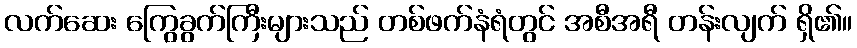
လက်ဆေး ကြွေခွက်ကြီးများသည် တစ်ဖက်နံရံတွင် အစီအရီ တန်းလျက် ရှိ၏။